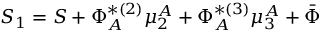
S _ { 1 } = S + \Phi _ { A } ^ { * ( 2 ) } \mu _ { 2 } ^ { A } + \Phi _ { A } ^ { * ( 3 ) } \mu _ { 3 } ^ { A } + \bar { \Phi }